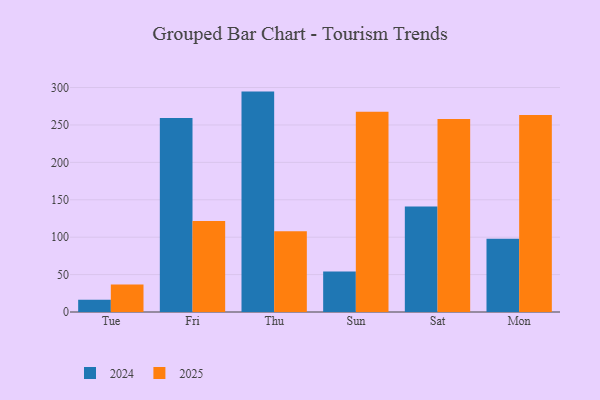
{"axis": {"x": "Day", "y": "Humidity (%)"}, "legend": ["2024", "2025"], "data": [{"x": "Tue", "y": 36.8, "type": "2025"}, {"x": "Tue", "y": 16.3, "type": "2024"}, {"x": "Fri", "y": 121.8, "type": "2025"}, {"x": "Fri", "y": 259.3, "type": "2024"}, {"x": "Thu", "y": 107.8, "type": "2025"}, {"x": "Thu", "y": 294.6, "type": "2024"}, {"x": "Sun", "y": 267.7, "type": "2025"}, {"x": "Sun", "y": 54.0, "type": "2024"}, {"x": "Sat", "y": 258.0, "type": "2025"}, {"x": "Sat", "y": 141.0, "type": "2024"}, {"x": "Mon", "y": 263.2, "type": "2025"}, {"x": "Mon", "y": 97.9, "type": "2024"}]}